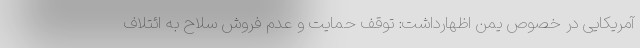
آمریکایی در خصوص یمن اظهارداشت: توقف حمایت و عدم فروش سلاح به ائتلاف